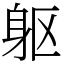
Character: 躯